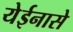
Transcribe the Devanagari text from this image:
येईनासे